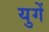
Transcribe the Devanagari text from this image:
युगें